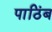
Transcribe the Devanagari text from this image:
पाठिंब